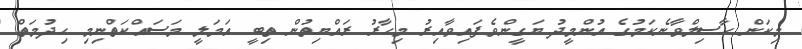
މިކަން ހާސިލްވާނެކަމުގެ އުންމީދު ޔަގީންވެފައިވާއިރު މިހާރު ރައްޔިތުން ތިބީ އަމަލީ މަސައްކަތްނިމި ހިދުމަތް